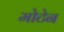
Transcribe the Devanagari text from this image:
मोटेन